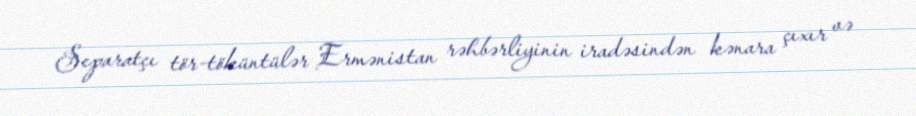
Separatçı tör-töküntülər Ermənistan rəhbərliyinin iradəsindən kənara çıxır və